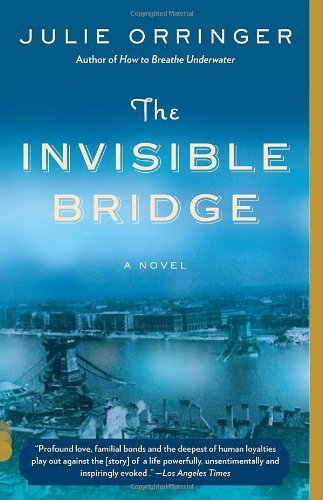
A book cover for The Invisible Bridge (Vintage Contemporaries); Julie Orringer; Literature & Fiction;